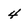
Character: 4